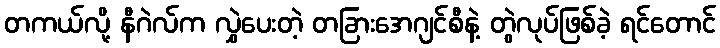
တကယ်လို့ နီဂဲလ်က လွှဲပေးတဲ့ တခြားအေဂျင်စီနဲ့ တွဲလုပ်ဖြစ်ခဲ့ ရင်တောင်